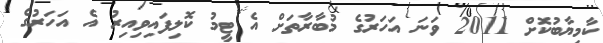
ކާމިޔާބުކޮށް 2011 ވަނަ އަހަރުގެ މުބާރާތަށް އެ ޓީމު ކޮލިފައިވިއިރު އެ އަހަރުގެ